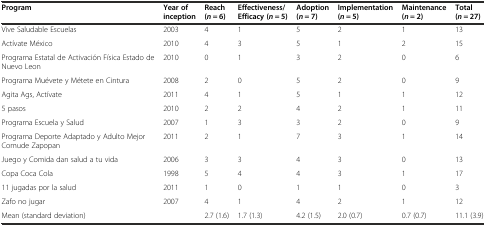
<table><thead><tr><td><b>Program</b></td><td><b>Year of inception</b></td><td><b>Reach (<i>n</i> = 6)</b></td><td><b>Effectiveness/Efficacy (<i>n</i> = 5)</b></td><td><b>Adoption (<i>n</i> = 7)</b></td><td><b>Implementation (<i>n</i> = 5)</b></td><td><b>Maintenance (<i>n</i> = 2)</b></td><td><b>Total (<i>n</i> = 27)</b></td></tr></thead><tbody><tr><td>Vive Saludable Escuelas</td><td>2003</td><td>4</td><td>1</td><td>5</td><td>2</td><td>1</td><td>13</td></tr><tr><td>Actívate México</td><td>2010</td><td>4</td><td>3</td><td>5</td><td>1</td><td>2</td><td>15</td></tr><tr><td>Programa Estatal de Activación Física Estado de Nuevo Leon</td><td>2010</td><td>0</td><td>1</td><td>3</td><td>2</td><td>0</td><td>6</td></tr><tr><td>Programa Muévete y Métete en Cintura</td><td>2008</td><td>2</td><td>0</td><td>5</td><td>2</td><td>0</td><td>9</td></tr><tr><td>Agita Ags, Actívate</td><td>2011</td><td>4</td><td>1</td><td>5</td><td>1</td><td>1</td><td>12</td></tr><tr><td>5 pasos</td><td>2010</td><td>2</td><td>2</td><td>4</td><td>2</td><td>1</td><td>11</td></tr><tr><td>Programa Escuela y Salud</td><td>2007</td><td>1</td><td>3</td><td>3</td><td>2</td><td>0</td><td>9</td></tr><tr><td>Programa Deporte Adaptado y Adulto Mejor Comude Zapopan</td><td>2011</td><td>2</td><td>1</td><td>7</td><td>3</td><td>1</td><td>14</td></tr><tr><td>Juego y Comida dan salud a tu vida</td><td>2006</td><td>3</td><td>3</td><td>4</td><td>3</td><td>0</td><td>13</td></tr><tr><td>Copa Coca Cola</td><td>1998</td><td>5</td><td>4</td><td>4</td><td>3</td><td>1</td><td>17</td></tr><tr><td>11 jugadas por la salud</td><td>2011</td><td>1</td><td>0</td><td>1</td><td>1</td><td>0</td><td>3</td></tr><tr><td>Zafo no jugar</td><td>2007</td><td>4</td><td>1</td><td>4</td><td>2</td><td>1</td><td>12</td></tr><tr><td>Mean (standard deviation)</td><td></td><td>2.7 (1.6)</td><td>1.7 (1.3)</td><td>4.2 (1.5)</td><td>2.0 (0.7)</td><td>0.7 (0.7)</td><td>11.1 (3.9)</td></tr></tbody></table>